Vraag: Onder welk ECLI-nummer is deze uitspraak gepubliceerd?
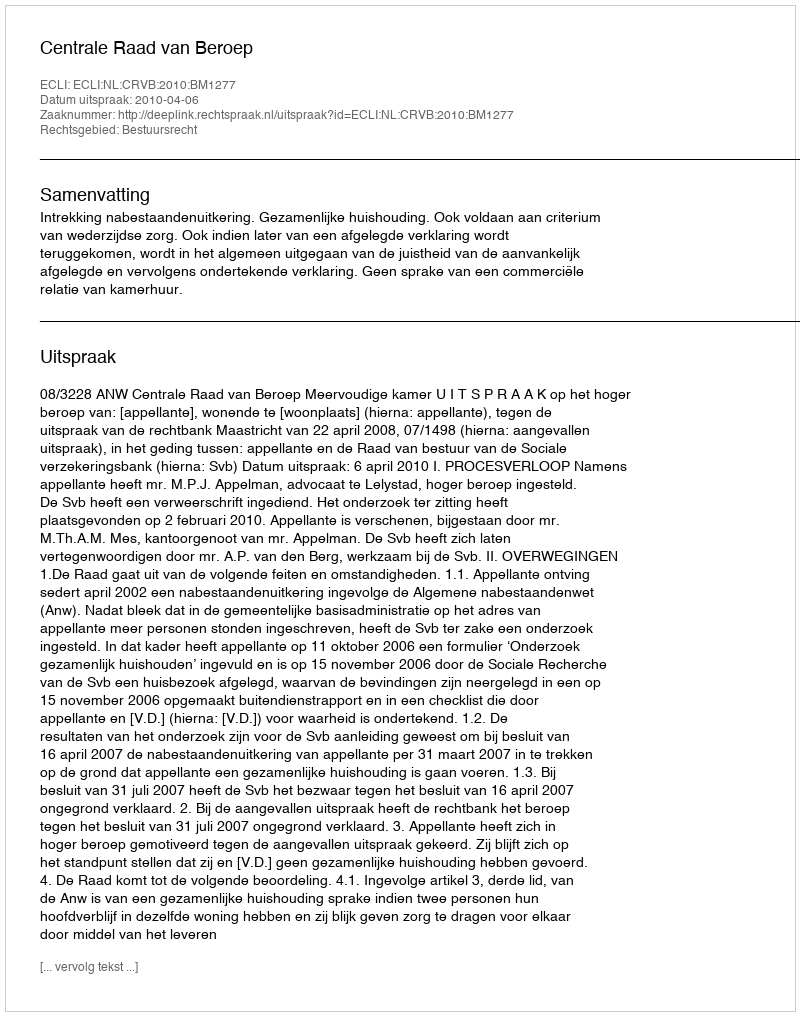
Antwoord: ECLI:NL:CRVB:2010:BM1277